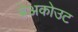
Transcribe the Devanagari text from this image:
ब्रेअकोउट